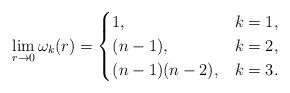
LaTeX: \begin{align*}\lim_{r\to 0}\omega_k(r)=\begin{cases}1,&k=1,\\ (n-1),&k=2,\\ (n-1)(n-2),&k=3.\end{cases}\end{align*}